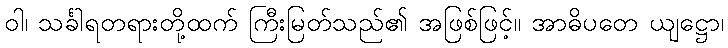
ဝါ၊ သင်္ခါရတရားတို့ထက် ကြီးမြတ်သည်၏ အဖြစ်ဖြင့်။ အာဓိပတေ ယျဋ္ဌော၊